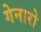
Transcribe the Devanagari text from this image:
गेनारो